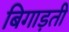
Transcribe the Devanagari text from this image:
बिगाड़ती